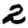
Digit: 2